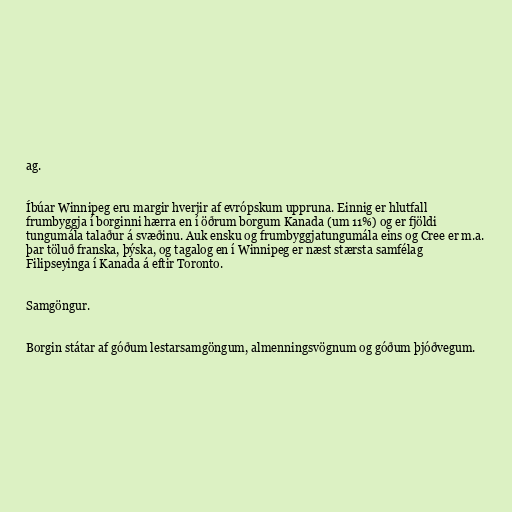
ag.

Íbúar Winnipeg eru margir hverjir af evrópskum uppruna. Einnig er hlutfall
frumbyggja í borginni hærra en í öðrum borgum Kanada (um 11%) og er fjöldi
tungumála talaður á svæðinu. Auk ensku og frumbyggjatungumála eins og Cree er m.a.
þar töluð franska, þýska, og tagalog en í Winnipeg er næst stærsta samfélag
Filipseyinga í Kanada á eftir Toronto.

Samgöngur.

Borgin státar af góðum lestarsamgöngum, almenningsvögnum og góðum þjóðvegum.